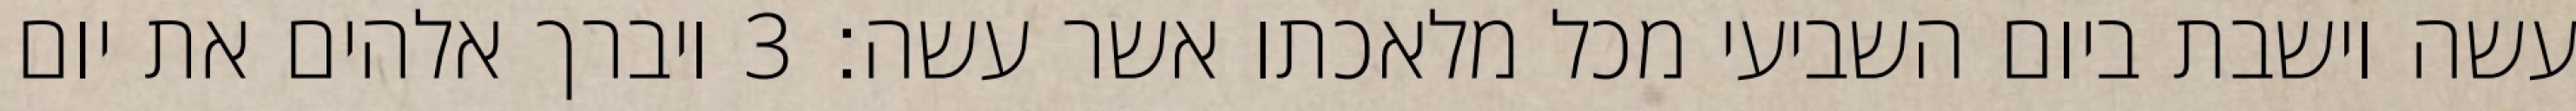
עשה וישבת ביום השביעי מכל מלאכתו אשר עשה׃ ‎3‏ ויברך אלהים את יום